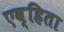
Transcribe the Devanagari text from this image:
एव्हिता